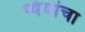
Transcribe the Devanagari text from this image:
प्येयांचा